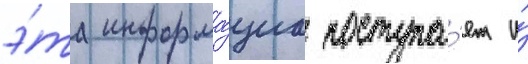
э́та информа́циа поступа́ет и́